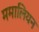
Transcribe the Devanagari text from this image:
ममालियन